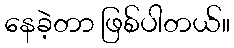
နေခဲ့တာ ဖြစ်ပါတယ်။